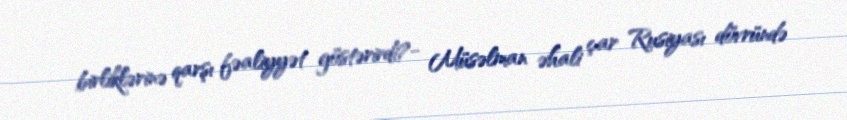
birliklərinə qarşı fəaliyyət göstərirdi?- Müsəlman əhali çar Rusiyası dövründə